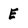
Character: E